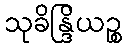
သုခိန္ဒြိယဉ္စ